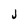
Character: j